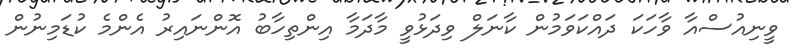
ވީނިއުސްއާ ވާހަކަ ދައްކަވަމުން ކާނަލް ވިދަޅުވީ މާދަމާ އިންތިހާބު އޮންނައިރު އެންމެ ކުޑަމިނުން